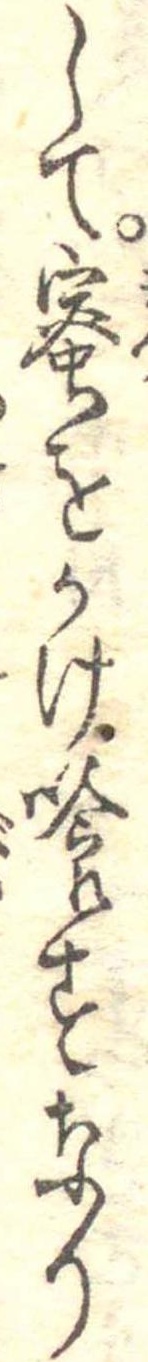
して蜜をかけ喰すなり